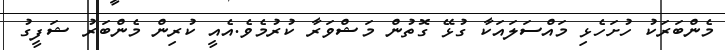
މެންބަރަކު ހުށަހެޅި މައްސަލައަކާ ގުޅޭ ގޮތުން މަޝްވަރާ ކުރުމެވެ.އެއީ ކުރިން މެންބަރު ޝަފީގު